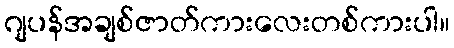
ဂျပန်အချစ်ဇာတ်ကားလေးတစ်ကားပါ။